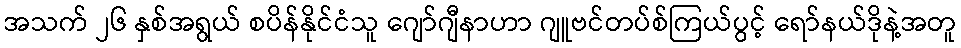
အသက် ၂၆ နှစ်အရွယ် စပိန်နိုင်ငံသူ ဂျော်ဂျီနာဟာ ဂျူဗင်တပ်စ်ကြယ်ပွင့် ရော်နယ်ဒိုနဲ့အတူ